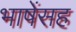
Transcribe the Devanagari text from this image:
भाषेंसह